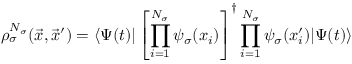
\rho _ { \sigma } ^ { N _ { \sigma } } ( \vec { x } , \vec { x } ^ { \prime } ) = \langle \Psi ( t ) | \left[ \prod _ { i = 1 } ^ { N _ { \sigma } } \psi _ { \sigma } ( x _ { i } ) \right] ^ { \dagger } \prod _ { i = 1 } ^ { N _ { \sigma } } \psi _ { \sigma } ( x _ { i } ^ { \prime } ) | \Psi ( t ) \rangle